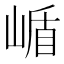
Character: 𭖹